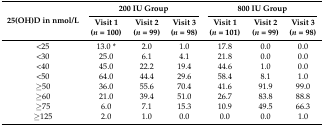
<table><thead><tr><td rowspan="2"><b>25(OH)D in nmol/L</b></td><td colspan="3"><b>200 IU Group</b></td><td colspan="3"><b>800 IU Group</b></td></tr><tr><td><b>Visit 1 (<i>n</i> = 100)</b></td><td><b>Visit 2 (<i>n</i> = 99)</b></td><td><b>Visit 3 (<i>n</i> = 98)</b></td><td><b>Visit 1 (<i>n</i> = 101)</b></td><td><b>Visit 2 (<i>n</i> = 99)</b></td><td><b>Visit 3 (<i>n</i> = 98)</b></td></tr></thead><tbody><tr><td>&lt;25</td><td>13.0 *</td><td>2.0</td><td>1.0</td><td>17.8</td><td>0.0</td><td>0.0</td></tr><tr><td>&lt;30</td><td>25.0</td><td>6.1</td><td>4.1</td><td>21.8</td><td>0.0</td><td>0.0</td></tr><tr><td>&lt;40</td><td>45.0</td><td>22.2</td><td>19.4</td><td>44.6</td><td>1.0</td><td>0.0</td></tr><tr><td>&lt;50</td><td>64.0</td><td>44.4</td><td>29.6</td><td>58.4</td><td>8.1</td><td>1.0</td></tr><tr><td>≥50</td><td>36.0</td><td>55.6</td><td>70.4</td><td>41.6</td><td>91.9</td><td>99.0</td></tr><tr><td>≥60</td><td>21.0</td><td>39.4</td><td>51.0</td><td>26.7</td><td>83.8</td><td>88.8</td></tr><tr><td>≥75</td><td>6.0</td><td>7.1</td><td>15.3</td><td>10.9</td><td>49.5</td><td>66.3</td></tr><tr><td>≥125</td><td>2.0</td><td>1.0</td><td>0.0</td><td>0.0</td><td>0.0</td><td>1.0</td></tr></tbody></table>